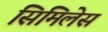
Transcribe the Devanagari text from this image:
सिमिलेस